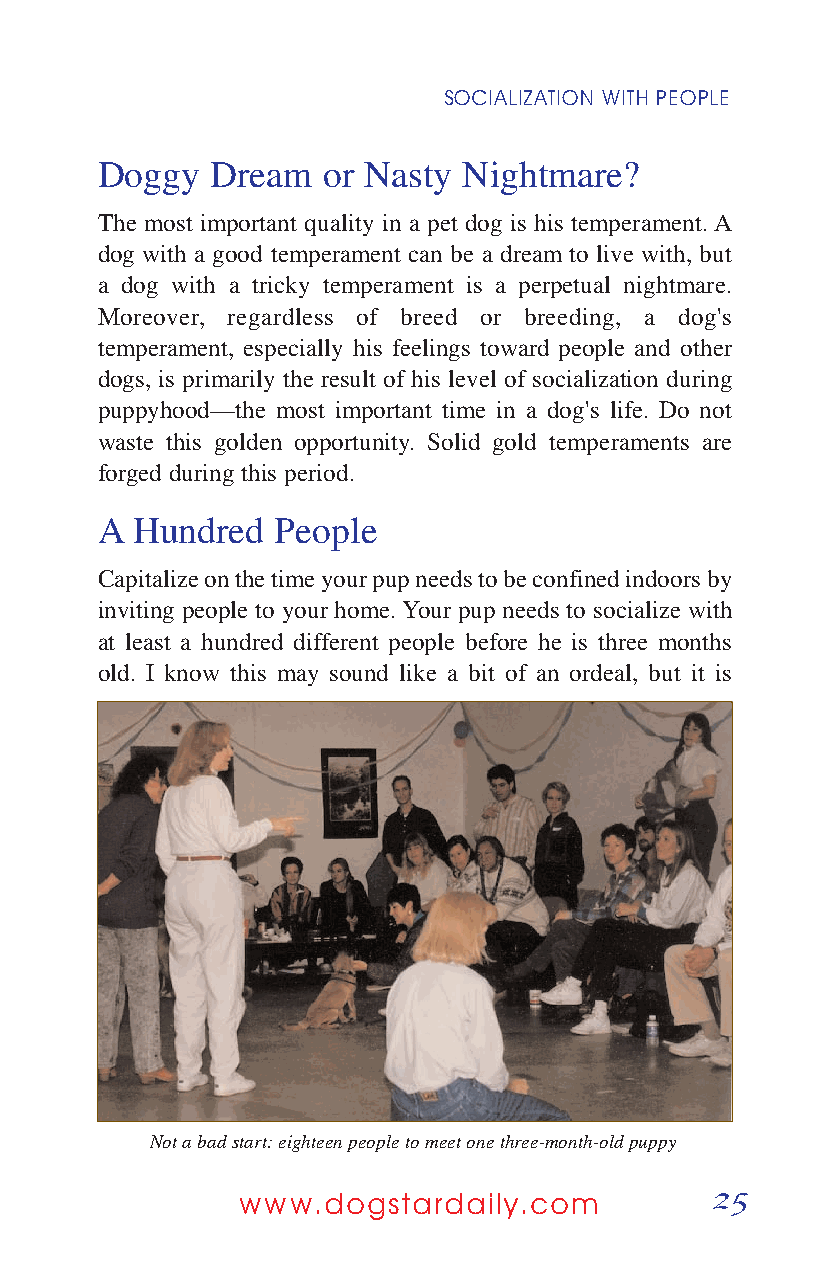
SOCIALIZATION WITH PEOPLE
 Doggy   Dream  or Nasty  Nightmare?
 The most important quality in a pet dog is his temperament. A
 dog with a good temperament can be a dream to live with, but
 a dog with a tricky temperament is a perpetual nightmare.
 Moreover, regardless of breed or breeding, a dog's
 temperament, especially his feelings toward people and other
 dogs, is primarily the result of his level of socialization during
 puppyhood—the most important time in a dog's life. Do not
 waste this golden opportunity. Solid gold temperaments are
 forged during this period.
 A  Hundred  People
 Capitalize on the time your pup needs to be confined indoors by
 inviting people to your home. Your pup needs to socialize with
 at least a hundred different people before he is three months
 old. I know this may sound like a bit of an ordeal, but it is
 Not a bad start: eighteen people to meet one three-month-old puppy
 25
 www.dogstardaily.com